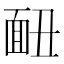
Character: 𩈇